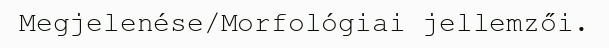
Megjelenése/Morfológiai jellemzői.